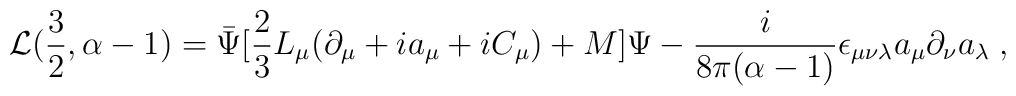
{\cal L}(\frac{3}{2},\alpha-1) =  \bar\Psi[\frac{2}{3} L_\mu(\partial_\mu + ia_\mu +iC_\mu) +M]\Psi- \frac{i}{8\pi (\alpha-1)}\epsilon_{\mu\nu\lambda}a_\mu\partial_\nu a_\lambda\;,